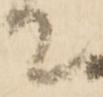
て